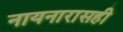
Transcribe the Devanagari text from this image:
नायनारासही